Malarial fevers
Disease focus: Malaria
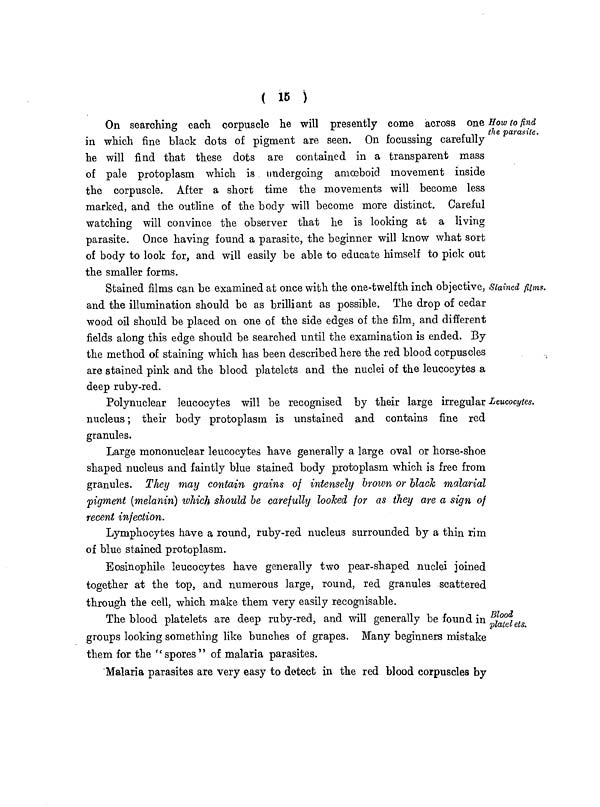
( 15 )
How to find
the parasite.
On searching each corpuscle he will presently come across one
in which fine black dots of pigment are seen. On focussing carefully
he will find that these dots are contained in a transparent mass
of pale protoplasm which is undergoing amoeboid movement inside
the corpuscle. After a short time the movements will become less
marked, and the outline of the body will become more distinct. Careful
watching will convince the observer that he is looking at a living
parasite. Once having found a parasite, the beginner will know what sort
of body to look for, and will easily be able to educate himself to pick out
the smaller forms.
Stained films.
Stained films can be examined at once with the one-twelfth inch objective,
and the illumination should be as brilliant as possible. The drop of cedar
wood oil should be placed on one of the side edges of the film, and different
fields along this edge should be searched until the examination is ended. By
the method of staining which has been described here the red blood corpuscles
are stained pink and the blood platelets and the nuclei of the leucocytes a
deep ruby-red.
Leucocytes.
Polynuclear leucocytes will be recognised by their large irregular
nucleus ; their body protoplasm is unstained and contains fine red
granules.
Large mononuclear leucocytes have generally a large oval or horse-shoe
shaped nucleus and faintly blue stained body protoplasm which is free from
granules. They may contain grains of intensely brown or black malarial
pigment (melanin) which should be carefully looked for as they are a sign of
recent infection.
Lymphocytes have a round, ruby-red nucleus surrounded by a thin rim
of blue stained protoplasm.
Eosinophile leucocytes have generally two pear-shaped nuclei joined
together at the top, and numerous large, round, red granules scattered
through the cell, which make them very easily recognisable.
Blood
platelets.
The blood platelets are deep ruby-red, and will generally be found in
groups looking something like bunches of grapes. Many beginners mistake
them for the "spores" of malaria parasites.
Malaria parasites are very easy to detect in the red blood corpuscles by